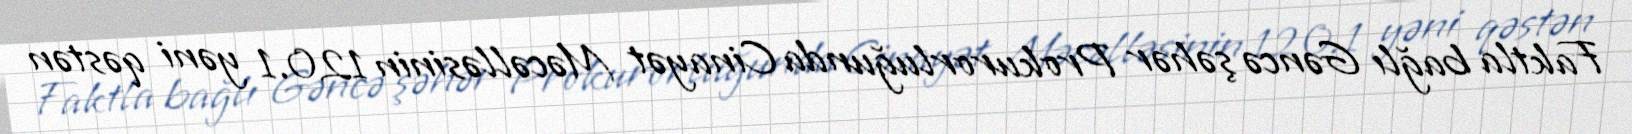
Faktla bağlı Gəncə şəhər Prokurorluğunda Cinayət Məcəlləsinin 120.1 yəni qəstən